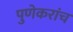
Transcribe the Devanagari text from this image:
पुणेकरांच